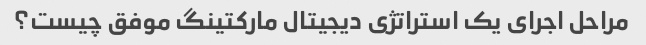
مراحل اجرای یک استراتژی دیجیتال مارکتینگ موفق چیست؟